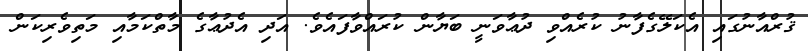
ޤުރްއާނުގައި އެކަލޭގެފާނު ކުރެއްވި ދުޢާވަނީ ބަޔާން ކުރައްވާފައެވެ. އަދި އެދުޢާގެ މާތްކަމާއި މަތިވެރިކަން